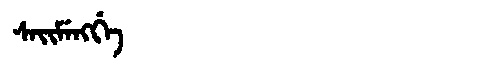
Manchu: ᠰᠠᡳᠮᡝᠩᡤᡝ
Romanization: SAIMENGGE